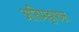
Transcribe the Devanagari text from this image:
अतिमहाफल